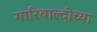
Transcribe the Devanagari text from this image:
गारिबाल्दीच्या